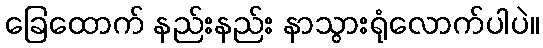
ခြေထောက် နည်းနည်း နာသွားရုံလောက်ပါပဲ။